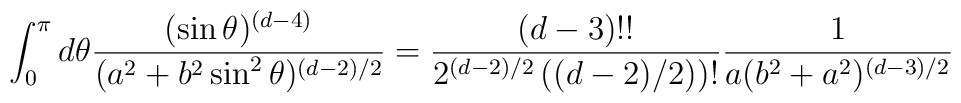
\int_0^\pi d\theta {(\sin\theta)^{(d-4)}\over  (a^2+b^2\sin^2\theta)^{(d-2)/2}}={(d-3)!!\over 2^{(d-2)/2}\left((d-2)/2)\right)!} {1\over a(b^2+a^2)^{(d-3)/2}}